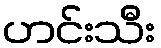
ဟင်းသီး